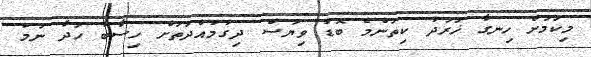
މިކަމަށް ހިނގާ ޚަރަދު ކިތަންމެ ބޮޑު ވިޔަސް ދިގުމުއްދަތަށް ހިސާބު ހަދާ ނަމަ